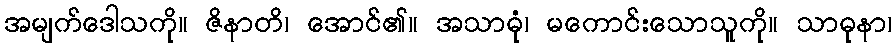
အမျက်ဒေါသကို။ ဇိနာတိ၊ အောင်၏။ အသာဓုံ၊ မကောင်းသောသူကို။ သာဓုနာ၊